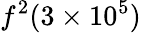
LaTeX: f^{2}(3\times 10^{5})